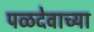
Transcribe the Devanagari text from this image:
पळदेवाच्या